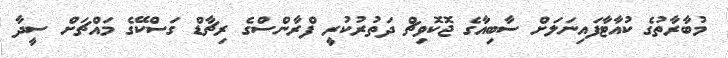
މުބާރާތުގެ ކުއާޓާފައިނަލަށް ސާބިއާގެ ޖޮކޮވިޗް ދަތުރުކުރީ ފްރާންސްގެ ރިޗާޑް ގަސްކޭގެ މައްޗަށް ސީދާ